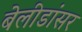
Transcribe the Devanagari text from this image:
बेलीडांसर